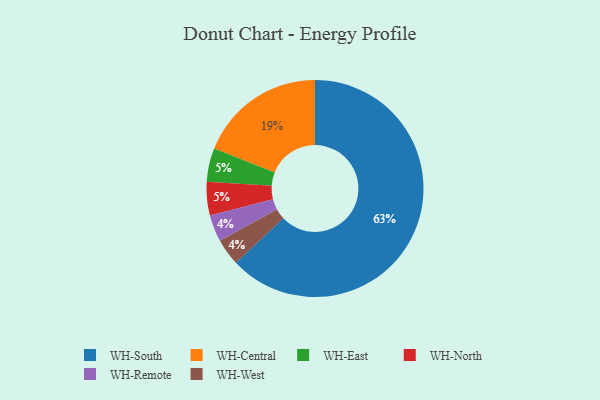
{"axis": {"x": "Category", "y": "Percentage"}, "legend": ["WH-Central", "WH-East", "WH-North", "WH-Remote", "WH-South", "WH-West"], "data": [{"x": "WH-Remote", "y": 4, "type": "WH-Remote"}, {"x": "WH-East", "y": 5, "type": "WH-East"}, {"x": "WH-South", "y": 63, "type": "WH-South"}, {"x": "WH-North", "y": 5, "type": "WH-North"}, {"x": "WH-West", "y": 4, "type": "WH-West"}, {"x": "WH-Central", "y": 19, "type": "WH-Central"}]}